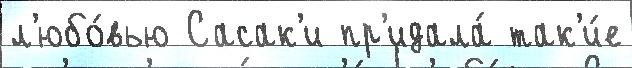
л'юбо́вью Сасак'и пр'идала́ так'и́е